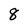
Character: 8